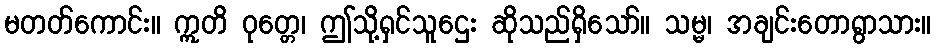
မတတ်ကောင်း။ ဣတိ ဝုတ္တေ၊ ဤသို့ရှင်သူဌေး ဆိုသည်ရှိသော်။ သမ္မ၊ အချင်းတောရွာသား။